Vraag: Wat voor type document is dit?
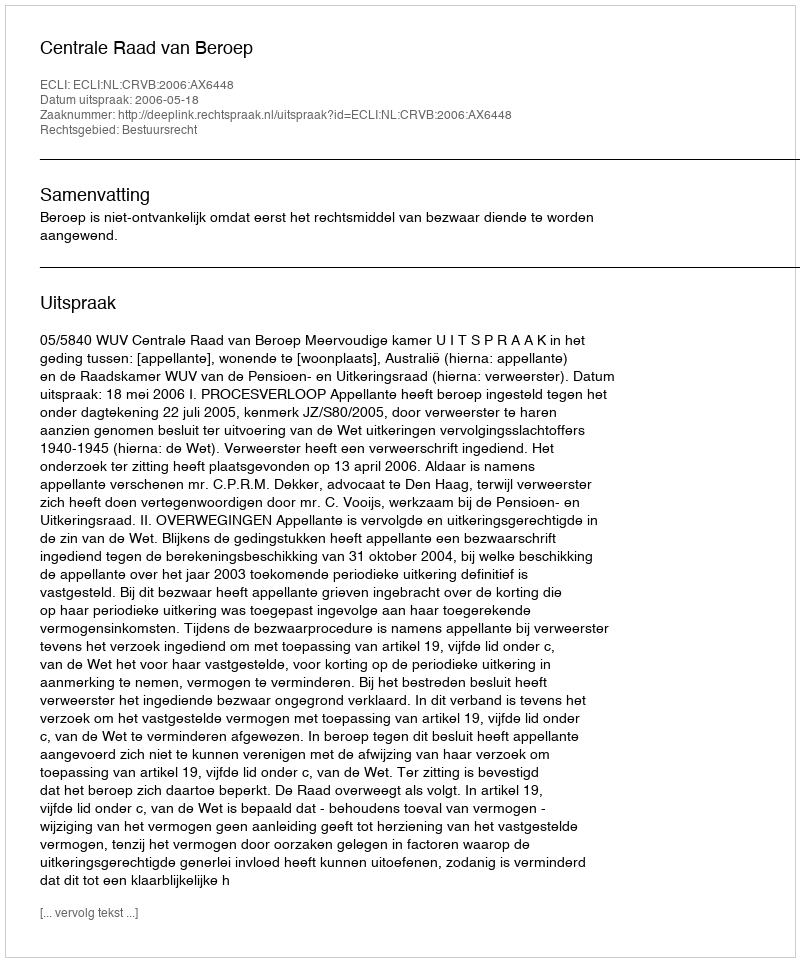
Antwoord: Uitspraak